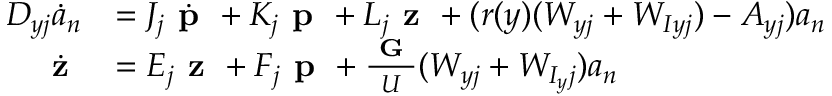
\begin{array} { r l } { \boldsymbol { D _ { y j } } \boldsymbol { \dot { a } _ { n } } } & { = \boldsymbol { J _ { j } } \dot { \textbf { p } } + \boldsymbol { K _ { j } } \textbf { p } + \boldsymbol { L _ { j } } \textbf { z } + ( r ( y ) ( \boldsymbol { W _ { y j } } + \boldsymbol { W _ { I y j } } ) - \boldsymbol { A _ { y j } } ) \boldsymbol { a _ { n } } } \\ { \dot { \textbf { z } } } & { = \boldsymbol { E _ { j } } \textbf { z } + \boldsymbol { F _ { j } } \textbf { p } + \frac { \textbf { G } } { U } ( \boldsymbol { W _ { y j } } + \boldsymbol { W _ { I _ { y } j } } ) \boldsymbol { a _ { n } } } \end{array}